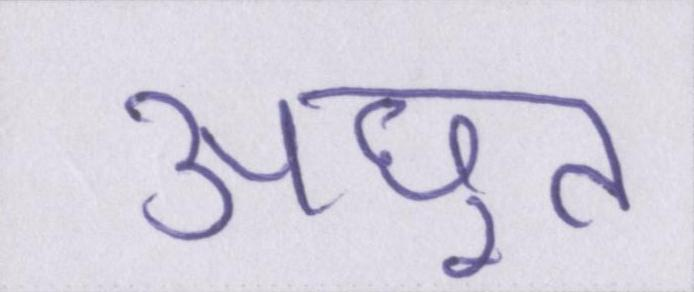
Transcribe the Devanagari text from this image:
अछूत